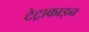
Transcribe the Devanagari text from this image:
टेट्राकाइन